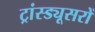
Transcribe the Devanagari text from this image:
ट्रांस्ड्यूसरों